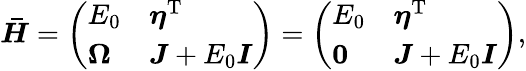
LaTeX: \begin{array}{r}{\boldsymbol{\bar{H}}=\left(\begin{array}{ll}{E_{0}}&{\boldsymbol{\eta}^{\mathrm{T}}}\\ {\boldsymbol\Omega}&{\boldsymbol{J}+E_{0}\boldsymbol{I}}\end{array}\right)=\left(\begin{array}{ll}{E_{0}}&{\boldsymbol{\eta}^{\mathrm{T}}}\\ {\boldsymbol 0}&{\boldsymbol{J}+E_{0}\boldsymbol{I}}\end{array}\right),}\end{array}